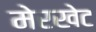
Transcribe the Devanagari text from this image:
मेरखेट